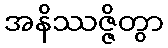
အနိဿဇ္ဇိတွာ